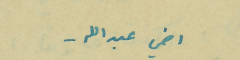
اخي عبدالله -